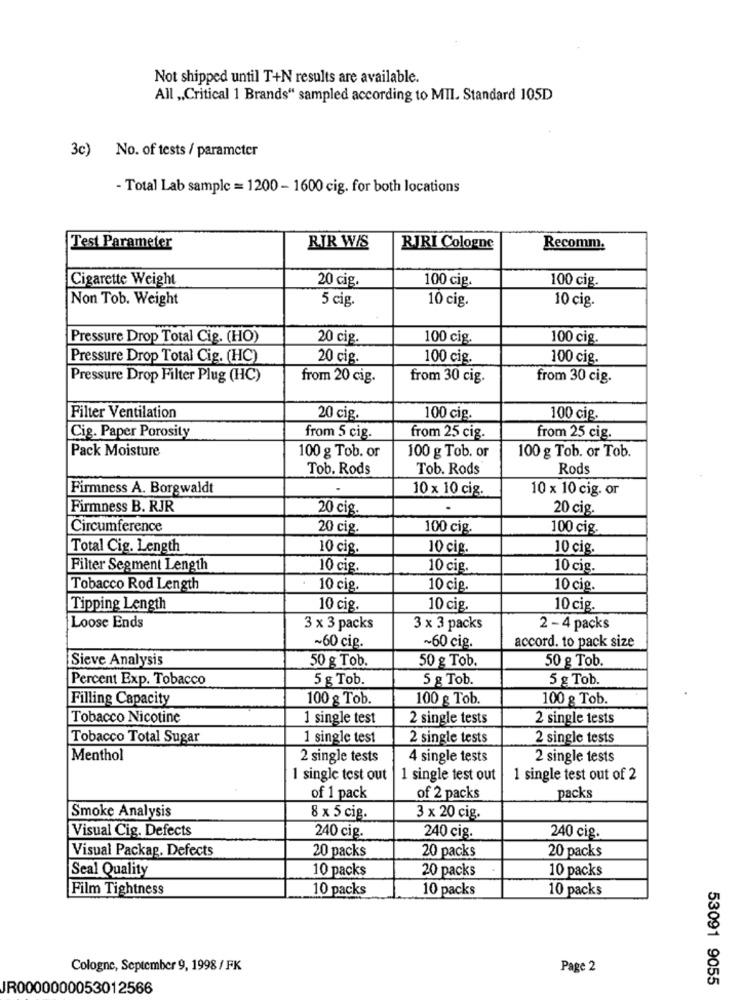
Not shipped until T+N results are available.
All „Critical 1 Brands“ sampled according to MII. Standard 105D
3c) No. of tests / parameter
- Total Lab sample = 1200 - 1600 cig. for both locations
Test Parameter
RIR W/S
RIRI Cologne
Recomm.
Cigarette Weight
20 cig.
100 cig.
100 cig.
Non Tob. Weight
5 cig
10 cig.
10 cig.
Pressure Drop Total Cig. (HO)
20 cig.
100 cig.
100 cig.
Pressure Drop Total Cig. (HC)
20 cig.
100 cig.
100 cig.
Pressure Drop Filter Plug (HC)
from 20 cig.
from 30 cig.
from 30 cig.
Filter Ventilation
20 cig.
100 cig.
100 cig.
Cig. Paper Porosity
from 5 cig.
from 25 cig.
from 25 cig.
Pack Moisture
100 g Tob. or
100 g Tob. or
100 g Tob. or Tob.
Tob. Rods
Tob. Rods
Rods
Firmness A. Borgwaldt
10 x 10 cig.
10 x 10 cig. or
Firmness B. RJR
20 cig.
20 cig.
Circumference
20 cig.
100 cig.
100 cig.
Total Cig. Length
10 cig.
10 cig.
10 cig.
Filter Segment Length
10 cig.
10 cig.
10 cig.
Tobacco Rod Length
10 cig.
10 cig.
10 cig.
Tipping Length
10 cig.
10 cig.
10 cig.
Loose Ends
3 x 3 packs
3 x 3 packs
2 - 4 packs
accord. to pack size
~60 cig.
~60 cig.
Sieve Analysis
50 g Tob.
50 g Tob.
50 g Tob.
Percent Exp. Tobacco
5 g Tob.
5 g Tob.
5 g Tob.
Filling Capacity
100 g Tob.
100 g Tob.
100 g Tob.
Tobacco Nicotine
1 single test
2 single tests
2 single tests
Tobacco Total Sugar
1 single test
2 single tests
2 single tests
Menthol
2 single tests
4 single tests
2 single tests
1 single test out
1 single test out
1 single test out of 2
of 1 pack
of 2 packs
packs
Smoke Analysis
8 x 5 cig.
3 x 20 cig.
Visual Cig. Defects
240 cig.
240 cig.
240 cig.
Visual Packag. Defects
20 packs
20 packs
20 packs
Seal Quality
10 packs
20 packs
10 packs
Film Tightness
10 packs
10 packs
10 packs
Cologne, September 9, 1998 / FK
Page 2
53091 9055
JR0000000053012566